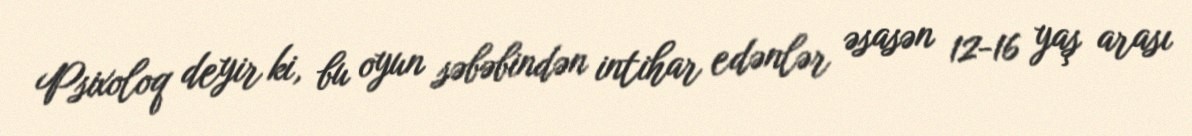
Psixoloq deyir ki, bu oyun səbəbindən intihar edənlər əsasən 12-16 yaş arası